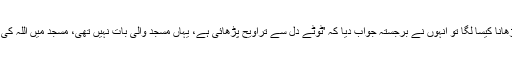
میرا دوسرا استفسار تھا کہ کسی گھر میں نماز تراویح پڑھانا کیسا لگا تو انہوں نے برجستہ جواب دیا کہ 'ٹوٹے دل سے تراویح پڑھائی ہے، یہاں مسجد والی بات نہیں تھی، مسجد میں اللہ کی بیش بہا برکت ہوتی ہے اس لیے وہاں زیادہ مزہ آتا ہے۔